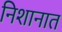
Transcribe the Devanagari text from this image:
निशानात